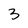
Character: 3